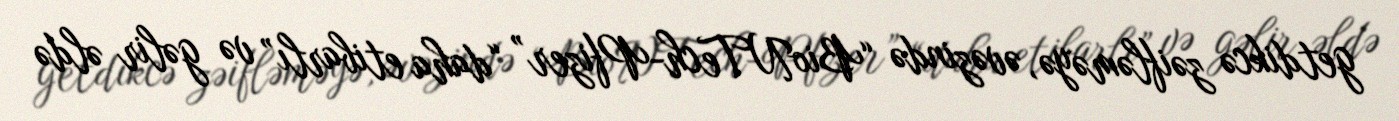
getdikcə zəifləməyə, əvəzində “BioNTech-Pfizer” “daha etibarlı” və gəlir əldə